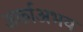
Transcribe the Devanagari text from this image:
अर्काअभय